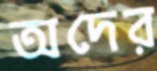
অদের